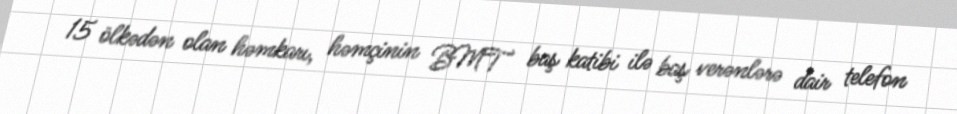
15 ölkədən olan həmkarı, həmçinin BMT baş katibi ilə baş verənlərə dair telefon